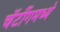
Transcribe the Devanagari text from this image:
चॅटींगमध्ये